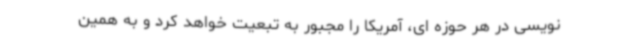
نویسی در هر حوزه ای، آمریکا را مجبور به تبعیت خواهد کرد و به همین